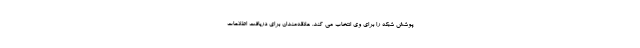
پوشش شبکه را برای وی انتخاب می کند. علاقه‌مندان برای دریافت اطلاعات